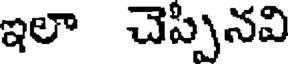
ఇలా చెప్పినవి